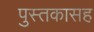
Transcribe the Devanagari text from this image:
पुस्तकासह